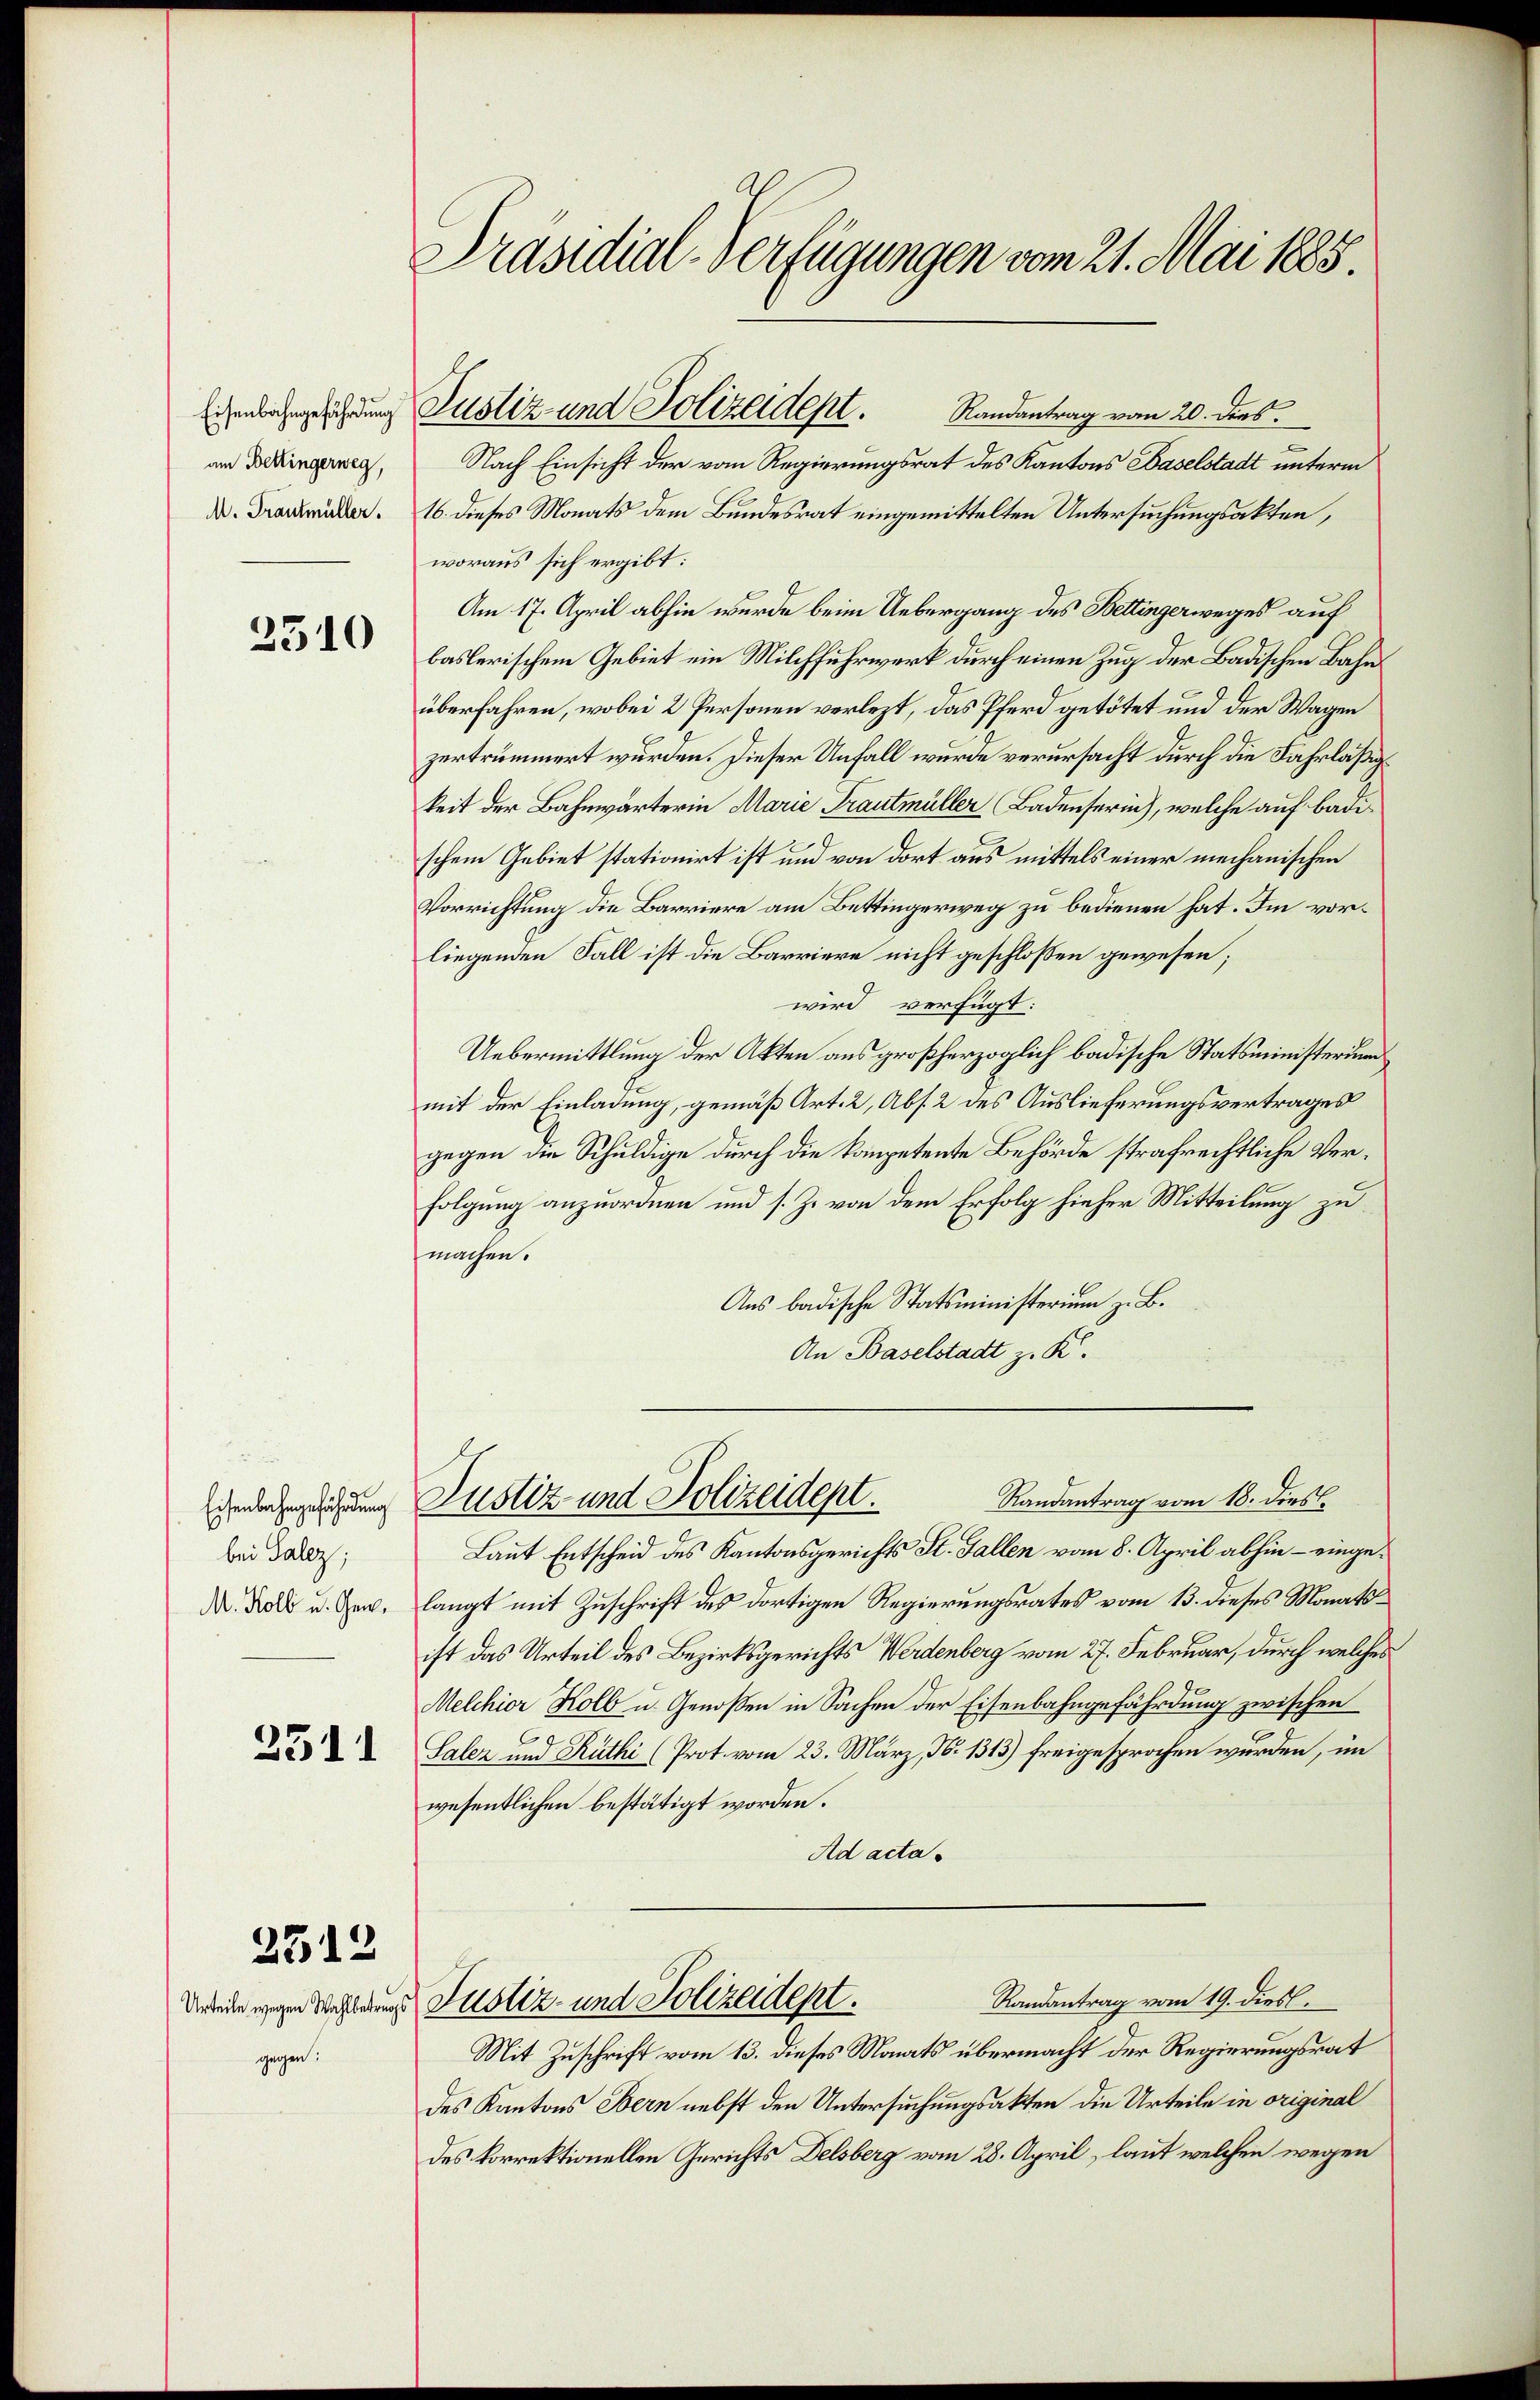
Eisenbahngefährdung
am Bettingerweg,

2510

Eisenbahngefährdung
bei Salez;
M. Kolb u. Gen.

2511

2312

gegen:

Präsidial-Verfügungen vom 21. Mai 1885.

Nach Einsicht der vom Regierungsrat des Kantons Baselstadt unterm
D. Drander. 16. dieses Monats dem Bundesrat eingemittelten Untersuchungsakten,
woraus sich ergibt:
Am 17. April abhin wurde beim Uebergang des Bettingerweges auf
baslerischem Gebiet ein Milchfuhrwerk durch einen Zug der Badischen Bahnüberfahren, wobei 2 Personen verlezt, das Pferd getötet und der Wagen
zertrümmert wurden. Dieser Unfall wurde verursacht durch die Fahrläßigkeit der Bahnwärterin Marie Trautmüller Badenserin), welche auf badischem Gebiet stationirt ist und von dort aus mittels einer mechanischen
Vorrichtung die Barriere am Bettingerweg zu bedienen hat. Im vorliegenden Fall ist die Barriere nicht geschloßen gewesen;
wird verfügt:
Uebermittlung der Akten aus großherzoglich badische Statsministerium
mit der Einladung, gemäß Art. 2, Abs. 2 des Auslieferungsvertrages
gegen die Schuldige durch die kompetente Behörde strafrechtliche Verfolgung anzuordnen und s. Z. von dem Erfolg hieher Mitteilung zu
machen.
Ans badische Statsministerium z. B.
An Baselstadt z. K.
Randantrag vom 18. dies
Justiz und Polizeidept.
Laut Entscheid des Kantonsgerichts St. Gallen vom 8. April abhin – eingelangt mit Zuschrift des dortigen Regierungsrates vom 13. dieses Monatsist das Urteil des Bezirksgerichts Werdenberg vom 27. Februar, durch welches
Melchior Kolb u. Genoßen in Sachen der Eisenbahngefährdung zwischen
Salez und Rüthi (Prot. vom 23. März, N. 1313) freigesprochen wurden, im
wesentlichen bestätigt worden.
Ad acta.
Randantrag vom 19. dies
Urteien wegen Wahlen Justiz- und Polizeident.
Mit Zuschrift vom 13. dieses Monats übermacht der Regierungsrat
des Kantons Bern nebst den Untersuchungsakten die Urteile in original
des korrektionellen Gerichts Delsberg vom 28. April, laut welchen wegen

Justiz und Polizeidept. Randantrag vom 20. dies